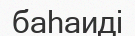
баһаиді